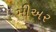
મીઅર